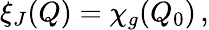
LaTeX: \xi_{J}(Q)=\chi_{g}(Q_{0})\, ,